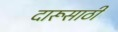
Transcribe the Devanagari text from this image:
दारूसाठी